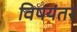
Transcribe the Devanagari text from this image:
विषयंतर